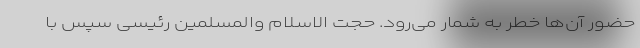
حضور آن‌ها خطر به شمار می‌رود. حجت الاسلام والمسلمین رئیسی سپس با